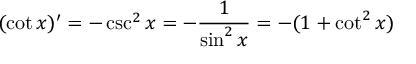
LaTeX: ( \cot x ) ^ { \prime } = - \csc ^ { 2 } x = - { \frac { 1 } { \sin ^ { 2 } x } } = - ( 1 + \cot ^ { 2 } x )